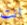
انت